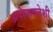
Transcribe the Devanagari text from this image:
अपोसायनेशी